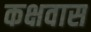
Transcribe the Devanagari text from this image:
कक्षवास